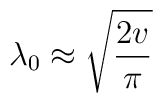
\lambda_{0} \approx \sqrt{\frac{2v}{\pi} }